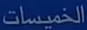
الخُميسات